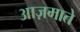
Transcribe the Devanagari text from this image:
आज़माते